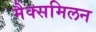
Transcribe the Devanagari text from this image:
मैक्समिलन